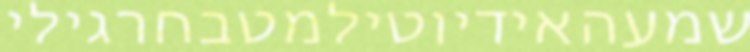
שמעהאידיוטילמטבחרגילי